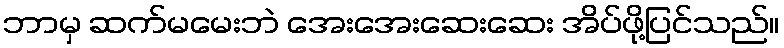
ဘာမှ ဆက်မမေးဘဲ အေးအေးဆေးဆေး အိပ်ဖို့ပြင်သည်။